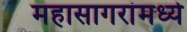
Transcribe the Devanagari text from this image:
महासागरांमध्ये